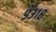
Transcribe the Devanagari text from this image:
९३१८